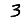
Digit: 3